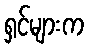
ရှင်များက